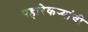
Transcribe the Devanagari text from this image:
पहारेकर्‍यांची